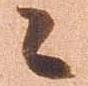
々